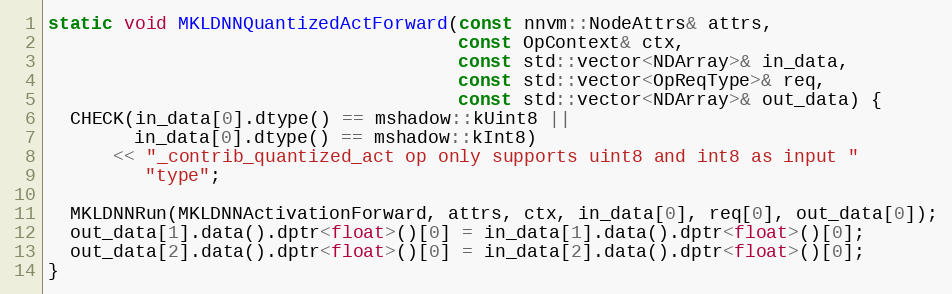
Language: C++
static void MKLDNNQuantizedActForward(const nnvm::NodeAttrs& attrs,
                                      const OpContext& ctx,
                                      const std::vector<NDArray>& in_data,
                                      const std::vector<OpReqType>& req,
                                      const std::vector<NDArray>& out_data) {
  CHECK(in_data[0].dtype() == mshadow::kUint8 ||
        in_data[0].dtype() == mshadow::kInt8)
      << "_contrib_quantized_act op only supports uint8 and int8 as input "
         "type";

  MKLDNNRun(MKLDNNActivationForward, attrs, ctx, in_data[0], req[0], out_data[0]);
  out_data[1].data().dptr<float>()[0] = in_data[1].data().dptr<float>()[0];
  out_data[2].data().dptr<float>()[0] = in_data[2].data().dptr<float>()[0];
}